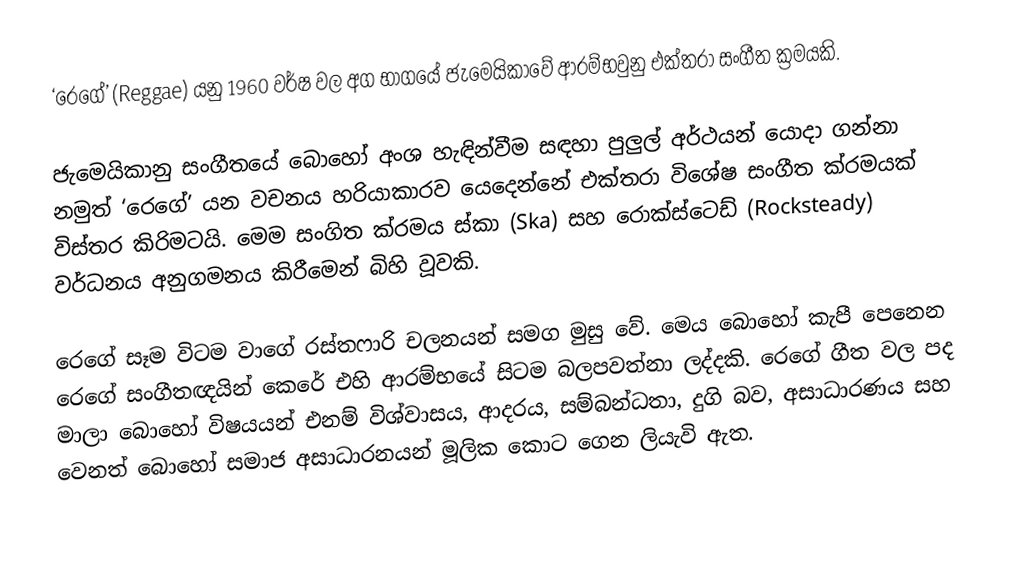
‘රෙගේ’ (Reggae) යනු 1960 වර්ෂ වල අග භාගයේ ජැමෙයිකාවේ ආරම්භවුනු එක්තරා සංගීත ක්‍රමයකි.

ජැමෙයිකානු සංගීතයේ බොහෝ අංශ හැඳින්වීම සඳහා පුලුල් අර්ථයන් යොදා ගන්නා නමුත් ‘රෙගේ’ යන වචනය හරියාකාරව යෙදෙන්නේ එක්තරා විශේෂ සංගීත ක්රමයක් විස්තර කිරිමටයි. මෙම සංගිත ක්රමය ස්කා (Ska) සහ රොක්ස්ටෙඩ් (Rocksteady) වර්ධනය අනුගමනය කිරීමෙන් බිහි වූවකි.

රෙගේ සෑම විටම වාගේ රස්තෆාරි චලනයන් සමග මුසු වේ. මෙය බොහෝ කැපී පෙනෙන රෙගේ සංගීතඥයින් කෙරේ එහි ආරම්භයේ සිටම බලපවත්නා ලද්දකි. රෙගේ ගීත වල පද මාලා  බොහෝ විෂයයන් එනම් විශ්වාසය, ආදරය, සම්බන්ධතා, දුගි බව, අසාධාරණය සහ වෙනත් බොහෝ සමාජ අසාධාරනයන් මූලික කොට ගෙන ලියැවි ඇත.